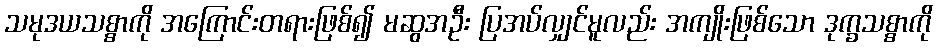
သမုဒယသစ္စာကို အကြောင်းတရားဖြစ်၍ မဆွအဦး ပြအပ်လျှင်မူလည်း အကျိုးဖြစ်သော ဒုက္ခသစ္စာကို